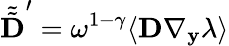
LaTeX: \tilde{\tilde{\textbf{D}}}^{\prime}=\omega^{1-\gamma}\langle\textbf{D}\nabla_{\mathbf y}\lambda\rangle